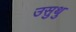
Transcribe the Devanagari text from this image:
उसुथु